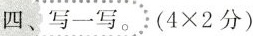
四、写一写。($$4 \times 2 分$$)